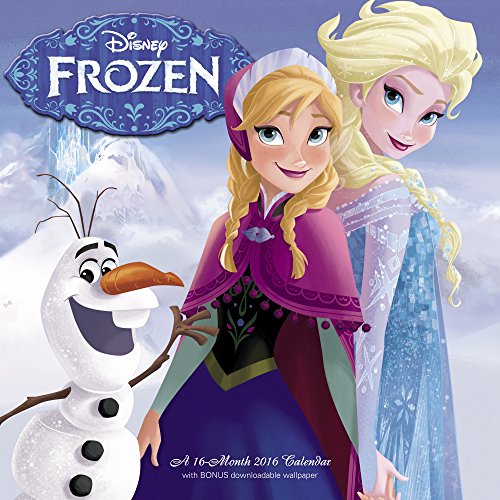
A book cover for Disney Frozen Wall Calendar (2016); Day Dream; Calendars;